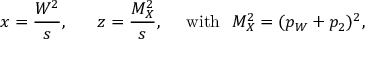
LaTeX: x = \frac { { \cal W } ^ { 2 } } { s } , ~ ~ ~ ~ ~ z = \frac { M _ { X } ^ { 2 } } { s } , ~ ~ ~ ~ \mathrm { w i t h } ~ ~ M _ { X } ^ { 2 } = ( p _ { W } + p _ { 2 } ) ^ { 2 } ,